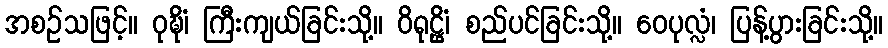
အစဉ်သဖြင့်။ ဝုဍ္ဎိံ၊ ကြီးကျယ်ခြင်းသို့။ ဝိရုဠ္ဌိံ၊ စည်ပင်ခြင်းသို့။ ဝေပုလ္လံ၊ ပြန့်ပွားခြင်းသို့။